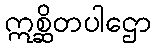
ဣစ္ဆိတပါဌော